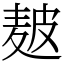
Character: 𤿲